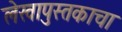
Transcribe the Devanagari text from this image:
लेखापुस्तकाचा